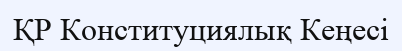
ҚР Конституциялық Кеңесі